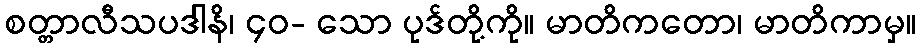
စတ္တာလီသပဒါနိ၊ ၄၀- သော ပုဒ်တို့ကို။ မာတိကတော၊ မာတိကာမှ။